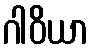
ဂါဝိယာ